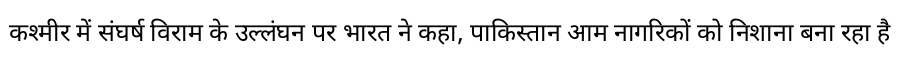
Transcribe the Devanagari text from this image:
कश्मीर में संघर्ष विराम के उल्लंघन पर भारत ने कहा, पाकिस्तान आम नागरिकों को निशाना बना रहा है